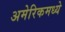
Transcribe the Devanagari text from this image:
अमेरिकमध्ये